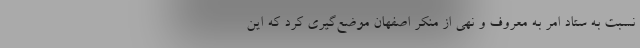
نسبت به ستاد امر به معروف و نهی از منکر اصفهان موضع‌گیری کرد که این